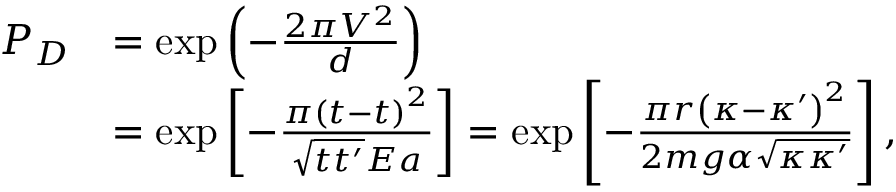
\begin{array} { r l } { P _ { D } } & { = \exp \left( - \frac { 2 \pi V ^ { 2 } } { d } \right) } \\ & { = \exp \left[ - \frac { \pi \left( t - t \right) ^ { 2 } } { \sqrt { t t ^ { \prime } } E a } \right] = \exp \left[ - \frac { \pi r \left( \kappa - \kappa ^ { \prime } \right) ^ { 2 } } { 2 m g \alpha \sqrt { \kappa \kappa ^ { \prime } } } \right] , } \end{array}